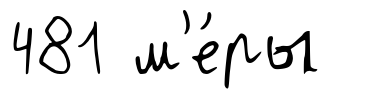
481 м'е́ры